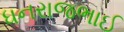
ધનરાજભાઈ